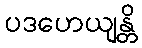
ပဒဟေယျန္တိ